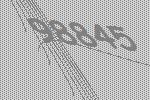
98845